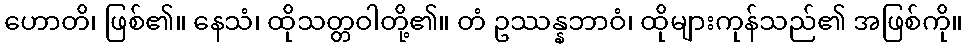
ဟောတိ၊ ဖြစ်၏။ နေသံ၊ ထိုသတ္တဝါတို့၏။ တံ ဥဿန္နဘာဝံ၊ ထိုများကုန်သည်၏ အဖြစ်ကို။